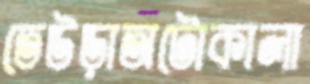
তেউড়াঅটোকালা